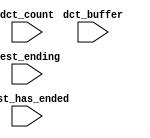
module nios_system_nios2_qsys_0_oci_test_bench (
                                                 // inputs:
                                                  dct_buffer,
                                                  dct_count,
                                                  test_ending,
                                                  test_has_ended
                                               )
;

  input   [ 29: 0] dct_buffer;
  input   [  3: 0] dct_count;
  input            test_ending;
  input            test_has_ended;


endmodule